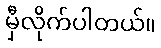
မှီလိုက်ပါတယ်။